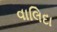
વાલિદા